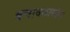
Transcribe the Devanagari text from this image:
बचावकार्यास